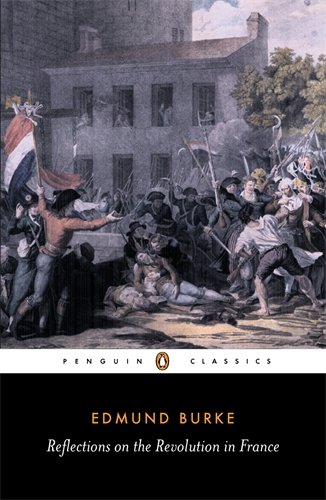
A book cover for Reflections on the Revolution in France (English Library); Edmund Burke; History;